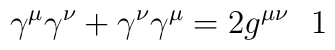
\gamma ^\mu \gamma ^\nu +\gamma ^\nu \gamma ^\mu =2g^{\mu \nu }\ \ 1